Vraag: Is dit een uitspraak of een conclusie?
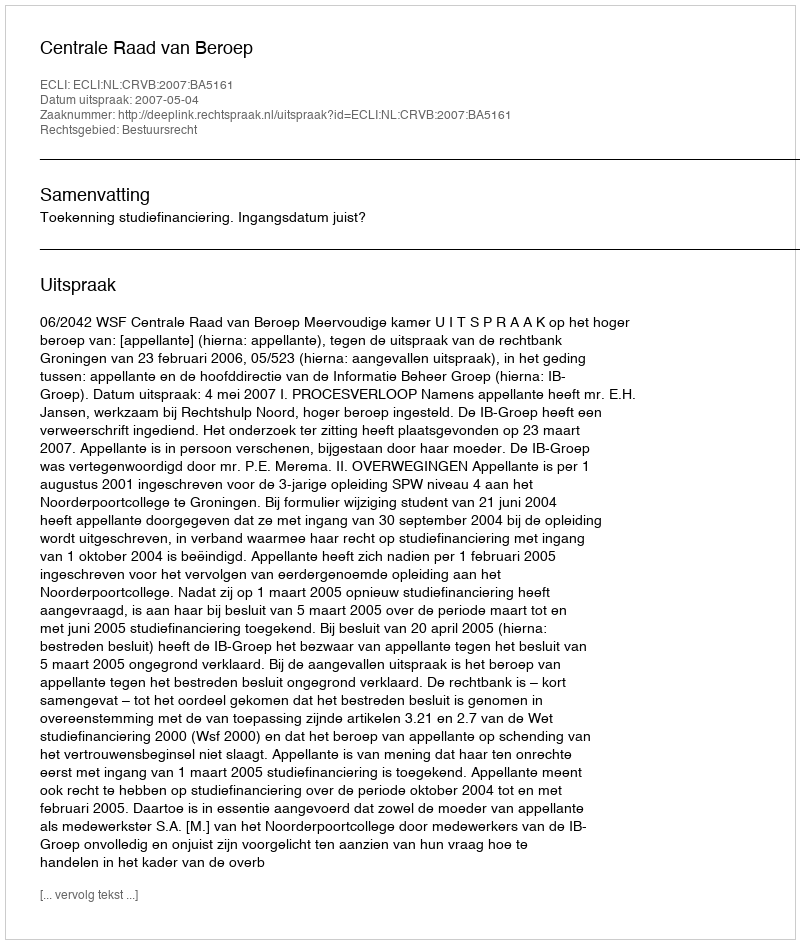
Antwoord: Uitspraak